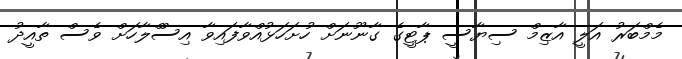
މެމްބަރު އަލީ އާޒިމް ސިޔާސީ ޕާޓީގެ ގާނޫނަށް ހުށަހަޅުއްވާފައިވާ އިސްްލާހަށް ވެސް ތާއީދު